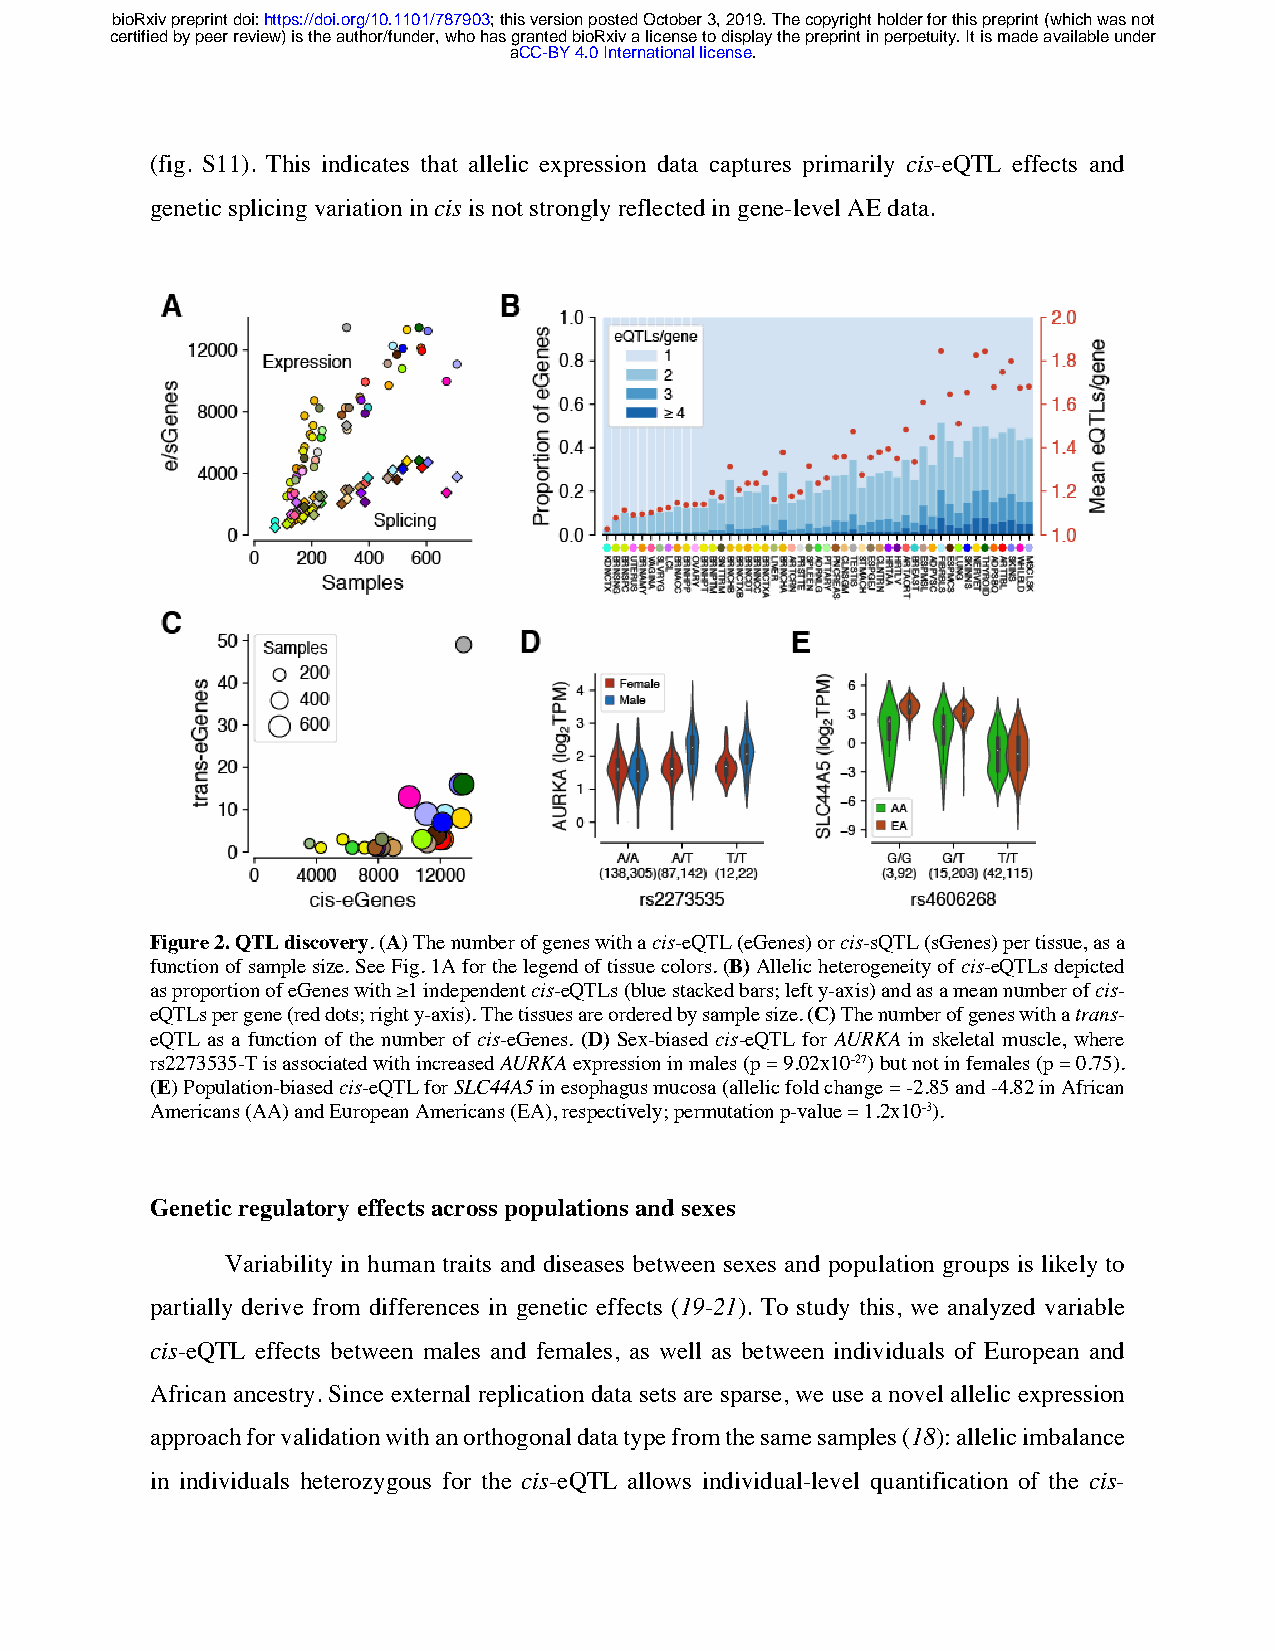
bioRxiv preprint doi: https://doi.org/10.1101/787903; this version posted October 3, 2019. The copyright holder for this preprint (which was not
 certified by peer review) is the author/funder, who has granted bioRxiv a license to display the preprint in perpetuity. It is made available under
 aCC-BY 4.0 International license.
 (fig. S11). This indicates that allelic expression data captures primarily cis-eQTL effects and
 genetic splicing variation in cis is not strongly reflected in gene-level AE data.
 Figure 2. QTL discovery. (A) The number of genes with a cis-eQTL (eGenes) or cis-sQTL (sGenes) per tissue, as a
 function of sample size. See Fig. 1A for the legend of tissue colors. (B) Allelic heterogeneity of cis-eQTLs depicted
 as proportion of eGenes with ≥1 independent cis-eQTLs (blue stacked bars; left y-axis) and as a mean number of cis-
 eQTLs per gene (red dots; right y-axis). The tissues are ordered by sample size. (C) The number of genes with a trans-
 eQTL as a function of the number of cis-eGenes. (D) Sex-biased cis-eQTL for AURKA in skeletal muscle, where
 rs2273535-T is associated with increased AURKA expression in males (p = 9.02x10-27) but not in females (p = 0.75).
 (E) Population-biased cis-eQTL for SLC44A5 in esophagus mucosa (allelic fold change = -2.85 and -4.82 in African
 Americans (AA) and European Americans (EA), respectively; permutation p-value = 1.2x10-3).
 Genetic regulatory effects across populations and sexes
 Variability in human traits and diseases between sexes and population groups is likely to
 partially derive from differences in genetic effects (19-21). To study this, we analyzed variable
 cis-eQTL effects between males and females, as well as between individuals of European and
 African ancestry. Since external replication data sets are sparse, we use a novel allelic expression
 approach for validation with an orthogonal data type from the same samples (18): allelic imbalance
 in individuals heterozygous for the cis-eQTL allows individual-level quantification of the cis-